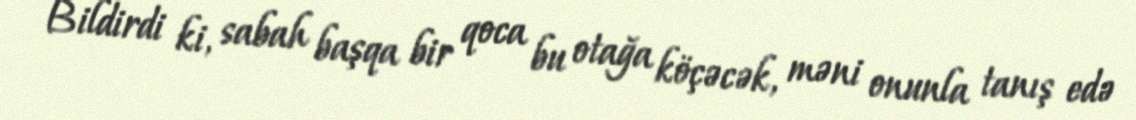
Bildirdi ki, sabah başqa bir qoca bu otağa köçəcək, məni onunla tanış edə